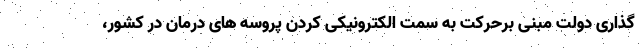
گذاری دولت مبنی برحرکت به سمت الکترونیکی کردن پروسه های درمان در کشور،